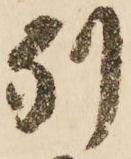
別